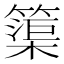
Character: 𮆒